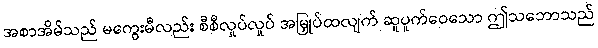
အစာအိမ်သည် မကွေးမီလည်း စီစီလှုပ်လှုပ် အမြှုပ်ထလျက် ဆူပူက်ဝေသော ဤသဘောသည်